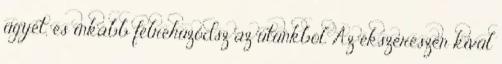
ügyet, és inkább félrehúzódsz az utunkból. Az ékszerészen kívül